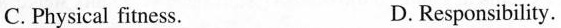
C.Physical fitness. D.Responsibility.